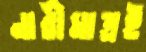
নারীমাত্রই